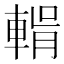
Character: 𮝛